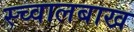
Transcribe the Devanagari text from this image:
स्च्वालबाख